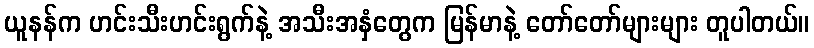
ယူနန်က ဟင်းသီးဟင်းရွက်နဲ့ အသီးအနှံတွေက မြန်မာနဲ့ တော်တော်များများ တူပါတယ်။